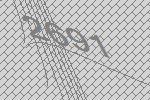
2691